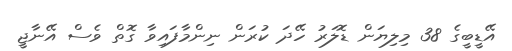
އޭޑީބީގެ 38 މިލިޔަން ޑޮލަރު ހޭދަ ކުރަން ނިންމާފައިވާ ގޮތް ވެސް އޭނާޖީ